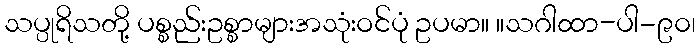
သပ္ပုရိသတို့ ပစ္စည်းဥစ္စာများအသုံးဝင်ပုံ ဥပမာ။ ။သဂါထာ-ပါ-၉၀၊